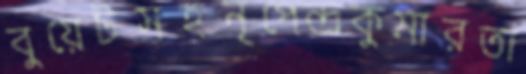
বুয়েটসহনৃপেন্দ্রকুমারতা